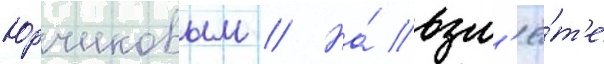
Юрчиковым // На́ взл'ё́т'е